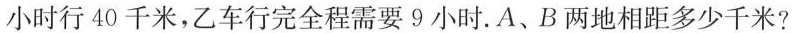
小时行40千米，乙车行完全程需要9小时。A、B两地相距多少千米?